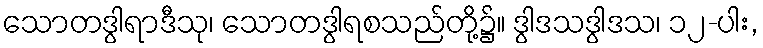
သောတဒွါရာဒီသု၊ သောတဒွါရစသည်တို့၌။ ဒွါဒသဒွါဒသ၊ ၁၂-ပါး,